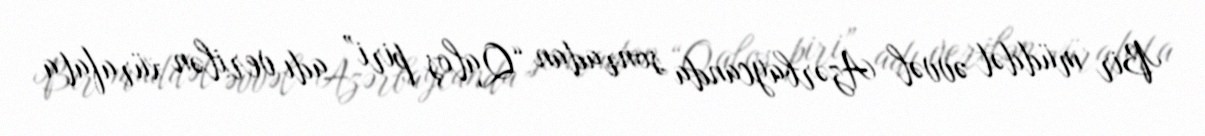
Bir müddət əvvəl Azərbaycanda sonradan “Qaloş piri” adı verilən xürafata